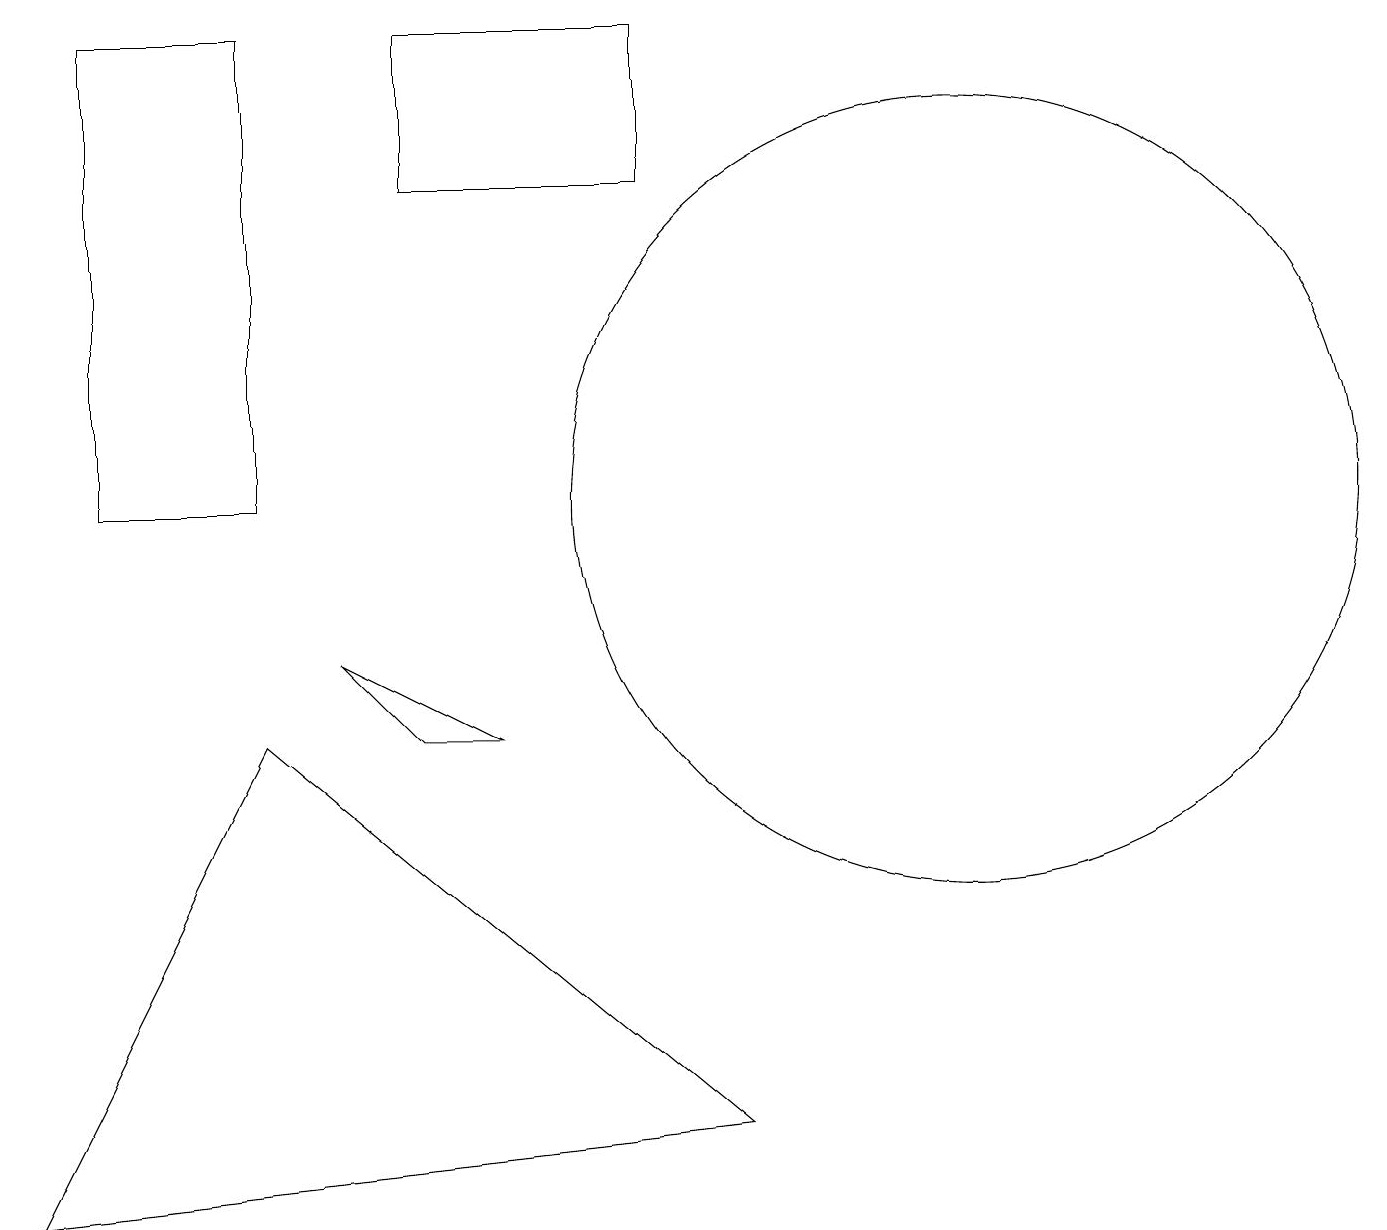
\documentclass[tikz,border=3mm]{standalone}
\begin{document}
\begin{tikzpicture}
\draw (12,10) circle (5);
\draw (4,8) -- (5,7) -- (6,7) -- cycle;
\draw (3,7) -- (0,1) -- (9,2) -- cycle;
\draw (3,10) rectangle (1,16);
\draw (11,10) circle (0);
\draw (5,16) rectangle (8,14);
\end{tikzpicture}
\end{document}